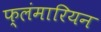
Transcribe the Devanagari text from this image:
फ्लंमारियन